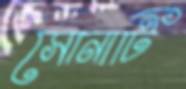
সোনাটি